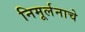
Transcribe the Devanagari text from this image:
निमूर्लनाचे